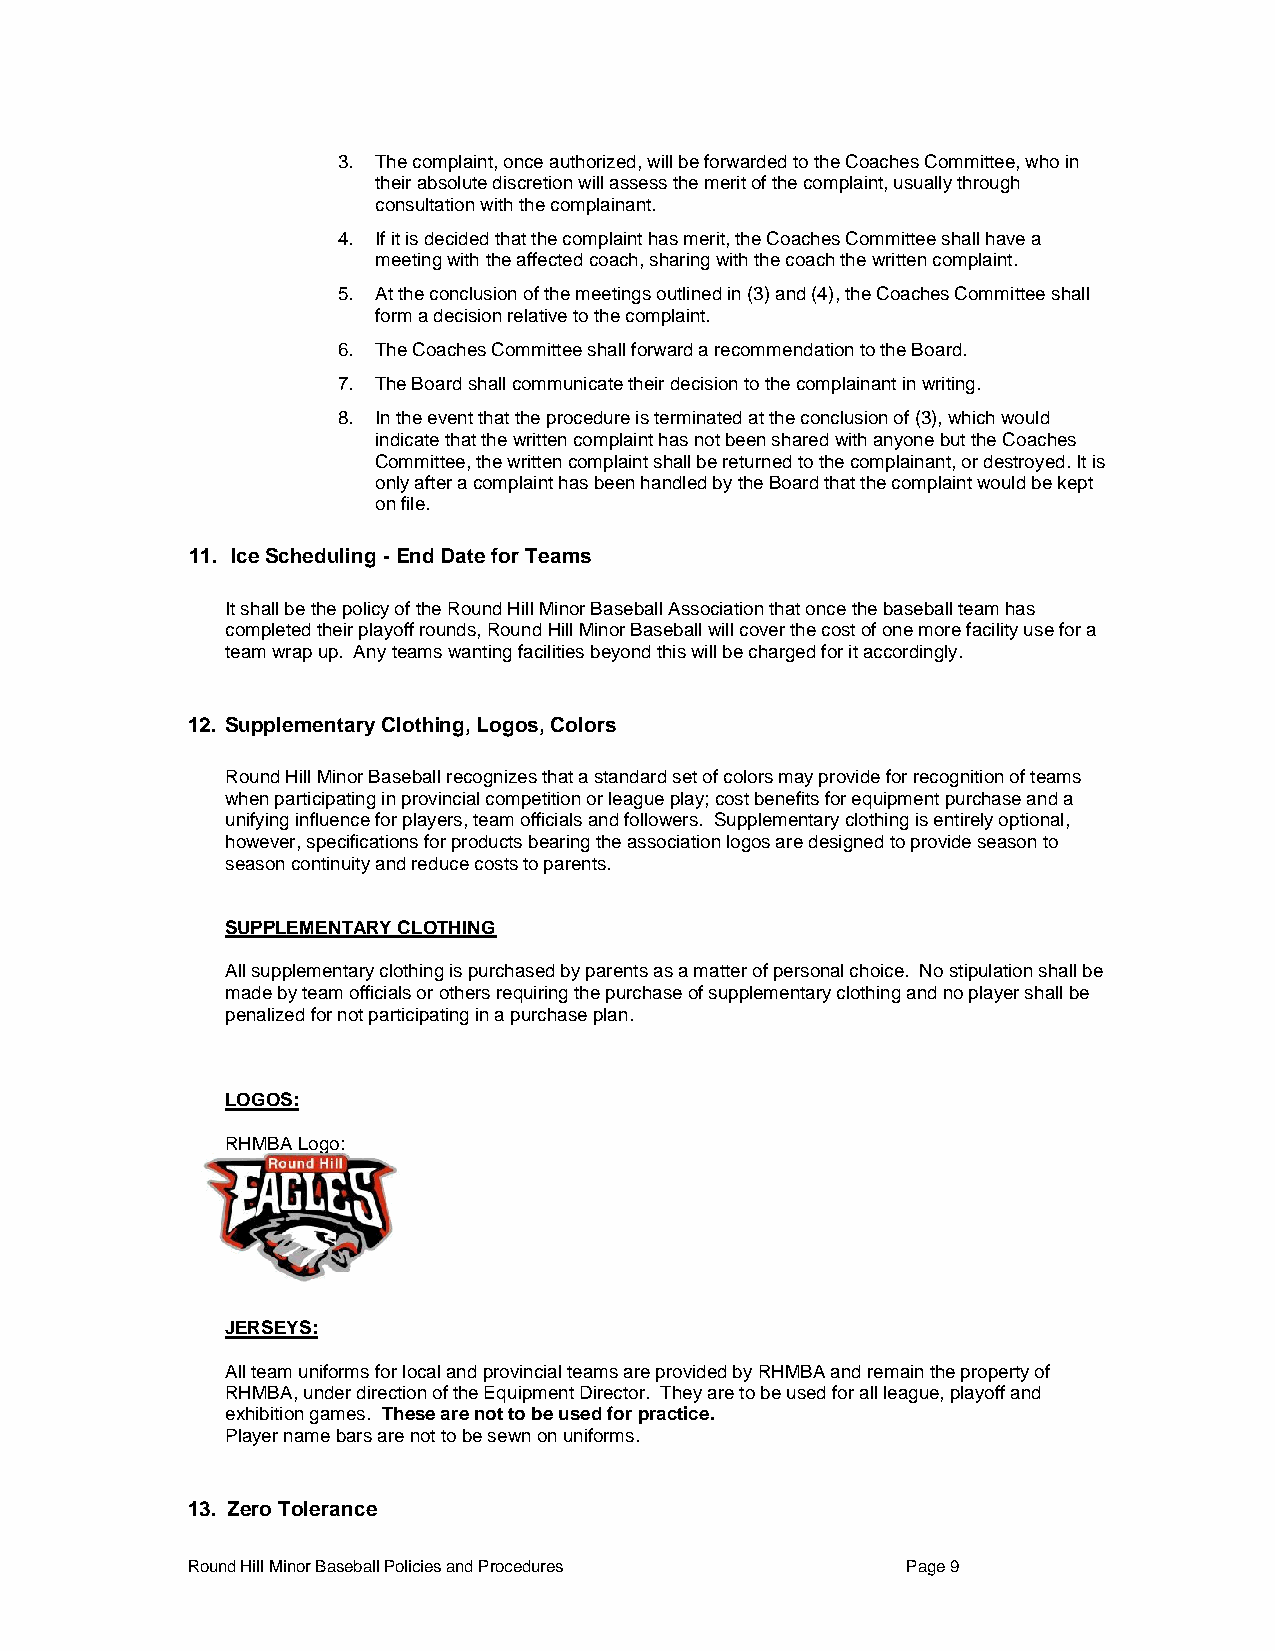
3. The complaint, once authorized, will be forwarded to the Coaches Committee, who in
 their absolute discretion will assess the merit of the complaint, usually through
 consultation with the complainant.
 4. If it is decided that the complaint has merit, the Coaches Committee shall have a
 meeting with the affected coach, sharing with the coach the written complaint.
 5. At the conclusion of the meetings outlined in (3) and (4), the Coaches Committee shall
 form a decision relative to the complaint.
 6. The Coaches Committee shall forward a recommendation to the Board.
 7. The Board shall communicate their decision to the complainant in writing.
 8. In the event that the procedure is terminated at the conclusion of (3), which would
 indicate that the written complaint has not been shared with anyone but the Coaches
 Committee, the written complaint shall be returned to the complainant, or destroyed. It is
 only after a complaint has been handled by the Board that the complaint would be kept
 on file.
 11. Ice Scheduling - End Date for Teams
 It shall be the policy of the Round Hill Minor Baseball Association that once the baseball team has
 completed their playoff rounds, Round Hill Minor Baseball will cover the cost of one more facility use for a
 team wrap up. Any teams wanting facilities beyond this will be charged for it accordingly.
 12. Supplementary Clothing, Logos, Colors
 Round Hill Minor Baseball recognizes that a standard set of colors may provide for recognition of teams
 when participating in provincial competition or league play; cost benefits for equipment purchase and a
 unifying influence for players, team officials and followers. Supplementary clothing is entirely optional,
 however, specifications for products bearing the association logos are designed to provide season to
 season continuity and reduce costs to parents.
 SUPPLEMENTARY CLOTHING
 All supplementary clothing is purchased by parents as a matter of personal choice. No stipulation shall be
 made by team officials or others requiring the purchase of supplementary clothing and no player shall be
 penalized for not participating in a purchase plan.
 LOGOS:
 RHMBA Logo:
 JERSEYS:
 All team uniforms for local and provincial teams are provided by RHMBA and remain the property of
 RHMBA, under direction of the Equipment Director. They are to be used for all league, playoff and
 exhibition games. These are not to be used for practice.
 Player name bars are not to be sewn on uniforms.
 13. Zero Tolerance
 Round Hill Minor Baseball Policies and Procedures Page 9